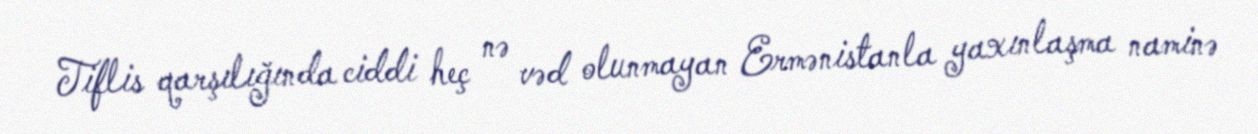
Tiflis qarşılığında ciddi heç nə vəd olunmayan Ermənistanla yaxınlaşma naminə